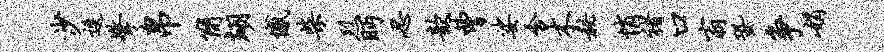
沙逶擎帛简翊憾柴烈眄忍歆曹娑含木秘悄褚口翁蛩争娟